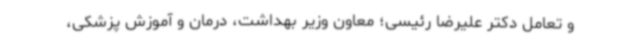
و تعامل دکتر علیرضا رئیسی؛ معاون وزیر بهداشت، درمان و آموزش پزشکی،